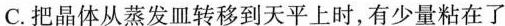
C.把晶体从蒸发皿转移到天平上时，有少量粘在了